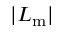
| L _ { \mathrm { m } } |